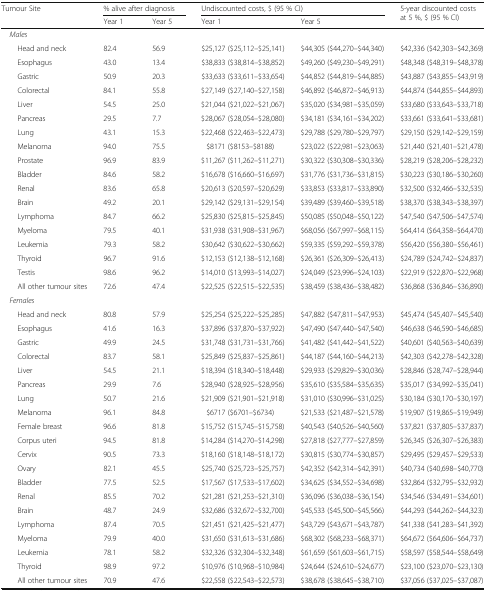
<table><thead><tr><td rowspan="2"><b>Tumour Site</b></td><td colspan="2"><b>% alive after diagnosis</b></td><td colspan="2"><b>Undiscounted costs, $ (95 % CI)</b></td><td rowspan="2"><b>5-year discounted costs at 5 %, $ (95 % CI)</b></td></tr><tr><td><b>Year 1</b></td><td><b>Year 5</b></td><td><b>Year 1</b></td><td><b>Year 5</b></td></tr></thead><tbody><tr><td colspan="6"> <i>Males</i></td></tr><tr><td>Head and neck</td><td>82.4</td><td>56.9</td><td>$25,127 ($25,112–$25,141)</td><td>$44,305 ($44,270–$44,340)</td><td>$42,336 ($42,303–$42,369)</td></tr><tr><td>Esophagus</td><td>43.0</td><td>13.4</td><td>$38,833 ($38,814–$38,852)</td><td>$49,260 ($49,230–$49,291)</td><td>$48,348 ($48,319–$48,378)</td></tr><tr><td>Gastric</td><td>50.9</td><td>20.3</td><td>$33,633 ($33,611–$33,654)</td><td>$44,852 ($44,819–$44,885)</td><td>$43,887 ($43,855–$43,919)</td></tr><tr><td>Colorectal</td><td>84.1</td><td>55.8</td><td>$27,149 ($27,140–$27,158)</td><td>$46,892 ($46,872–$46,913)</td><td>$44,874 ($44,855–$44,893)</td></tr><tr><td>Liver</td><td>54.5</td><td>25.0</td><td>$21,044 ($21,022–$21,067)</td><td>$35,020 ($34,981–$35,059)</td><td>$33,680 ($33,643–$33,718)</td></tr><tr><td>Pancreas</td><td>29.5</td><td>7.7</td><td>$28,067 ($28,054–$28,080)</td><td>$34,181 ($34,161–$34,202)</td><td>$33,661 ($33,641–$33,681)</td></tr><tr><td>Lung</td><td>43.1</td><td>15.3</td><td>$22,468 ($22,463–$22,473)</td><td>$29,788 ($29,780–$29,797)</td><td>$29,150 ($29,142–$29,159)</td></tr><tr><td>Melanoma</td><td>94.0</td><td>75.5</td><td>$8171 ($8153–$8188)</td><td>$23,022 ($22,981–$23,063)</td><td>$21,440 ($21,401–$21,478)</td></tr><tr><td>Prostate</td><td>96.9</td><td>83.9</td><td>$11,267 ($11,262–$11,271)</td><td>$30,322 ($30,308–$30,336)</td><td>$28,219 ($28,206–$28,232)</td></tr><tr><td>Bladder</td><td>84.6</td><td>58.2</td><td>$16,678 ($16,660–$16,697)</td><td>$31,776 ($31,736–$31,815)</td><td>$30,223 ($30,186–$30,260)</td></tr><tr><td>Renal</td><td>83.6</td><td>65.8</td><td>$20,613 ($20,597–$20,629)</td><td>$33,853 ($33,817–$33,890)</td><td>$32,500 ($32,466–$32,535)</td></tr><tr><td>Brain</td><td>49.2</td><td>20.1</td><td>$29,142 ($29,131–$29,154)</td><td>$39,489 ($39,460–$39,518)</td><td>$38,370 ($38,343–$38,397)</td></tr><tr><td>Lymphoma</td><td>84.7</td><td>66.2</td><td>$25,830 ($25,815–$25,845)</td><td>$50,085 ($50,048–$50,122)</td><td>$47,540 ($47,506–$47,574)</td></tr><tr><td>Myeloma</td><td>79.5</td><td>40.1</td><td>$31,938 ($31,908–$31,967)</td><td>$68,056 ($67,997–$68,115)</td><td>$64,414 ($64,358–$64,470)</td></tr><tr><td>Leukemia</td><td>79.3</td><td>58.2</td><td>$30,642 ($30,622–$30,662)</td><td>$59,335 ($59,292–$59,378)</td><td>$56,420 ($56,380–$56,461)</td></tr><tr><td>Thyroid</td><td>96.7</td><td>91.6</td><td>$12,153 ($12,138–$12,168)</td><td>$26,361 ($26,309–$26,413)</td><td>$24,789 ($24,742–$24,837)</td></tr><tr><td>Testis</td><td>98.6</td><td>96.2</td><td>$14,010 ($13,993–$14,027)</td><td>$24,049 ($23,996–$24,103)</td><td>$22,919 ($22,870–$22,968)</td></tr><tr><td>All other tumour sites</td><td>72.6</td><td>47.4</td><td>$22,525 ($22,515–$22,535)</td><td>$38,459 ($38,436–$38,482)</td><td>$36,868 ($36,846–$36,890)</td></tr><tr><td colspan="6"> <i>Females</i></td></tr><tr><td>Head and neck</td><td>80.8</td><td>57.9</td><td>$25,254 ($25,222–$25,285)</td><td>$47,882 ($47,811–$47,953)</td><td>$45,474 ($45,407–$45,540)</td></tr><tr><td>Esophagus</td><td>41.6</td><td>16.3</td><td>$37,896 ($37,870–$37,922)</td><td>$47,490 ($47,440–$47,540)</td><td>$46,638 ($46,590–$46,685)</td></tr><tr><td>Gastric</td><td>49.9</td><td>24.5</td><td>$31,748 ($31,731–$31,766)</td><td>$41,482 ($41,442–$41,522)</td><td>$40,601 ($40,563–$40,639)</td></tr><tr><td>Colorectal</td><td>83.7</td><td>58.1</td><td>$25,849 ($25,837–$25,861)</td><td>$44,187 ($44,160–$44,213)</td><td>$42,303 ($42,278–$42,328)</td></tr><tr><td>Liver</td><td>54.5</td><td>21.1</td><td>$18,394 ($18,340–$18,448)</td><td>$29,933 ($29,829–$30,036)</td><td>$28,846 ($28,747–$28,944)</td></tr><tr><td>Pancreas</td><td>29.9</td><td>7.6</td><td>$28,940 ($28,925–$28,956)</td><td>$35,610 ($35,584–$35,635)</td><td>$35,017 ($34,992–$35,041)</td></tr><tr><td>Lung</td><td>50.7</td><td>21.6</td><td>$21,909 ($21,901–$21,918)</td><td>$31,010 ($30,996–$31,025)</td><td>$30,184 ($30,170–$30,197)</td></tr><tr><td>Melanoma</td><td>96.1</td><td>84.8</td><td>$6717 ($6701–$6734)</td><td>$21,533 ($21,487–$21,578)</td><td>$19,907 ($19,865–$19,949)</td></tr><tr><td>Female breast</td><td>96.6</td><td>81.8</td><td>$15,752 ($15,745–$15,758)</td><td>$40,543 ($40,526–$40,560)</td><td>$37,821 ($37,805–$37,837)</td></tr><tr><td>Corpus uteri</td><td>94.5</td><td>81.8</td><td>$14,284 ($14,270–$14,298)</td><td>$27,818 ($27,777–$27,859)</td><td>$26,345 ($26,307–$26,383)</td></tr><tr><td>Cervix</td><td>90.5</td><td>73.3</td><td>$18,160 ($18,148–$18,172)</td><td>$30,815 ($30,774–$30,857)</td><td>$29,495 ($29,457–$29,533)</td></tr><tr><td>Ovary</td><td>82.1</td><td>45.5</td><td>$25,740 ($25,723–$25,757)</td><td>$42,352 ($42,314–$42,391)</td><td>$40,734 ($40,698–$40,770)</td></tr><tr><td>Bladder</td><td>77.5</td><td>52.5</td><td>$17,567 ($17,533–$17,602)</td><td>$34,625 ($34,552–$34,698)</td><td>$32,864 ($32,795–$32,932)</td></tr><tr><td>Renal</td><td>85.5</td><td>70.2</td><td>$21,281 ($21,253–$21,310)</td><td>$36,096 ($36,038–$36,154)</td><td>$34,546 ($34,491–$34,601)</td></tr><tr><td>Brain</td><td>48.7</td><td>24.9</td><td>$32,686 ($32,672–$32,700)</td><td>$45,533 ($45,500–$45,566)</td><td>$44,293 ($44,262–$44,323)</td></tr><tr><td>Lymphoma</td><td>87.4</td><td>70.5</td><td>$21,451 ($21,425–$21,477)</td><td>$43,729 ($43,671–$43,787)</td><td>$41,338 ($41,283–$41,392)</td></tr><tr><td>Myeloma</td><td>79.9</td><td>40.0</td><td>$31,650 ($31,613–$31,686)</td><td>$68,302 ($68,233–$68,371)</td><td>$64,672 ($64,606–$64,737)</td></tr><tr><td>Leukemia</td><td>78.1</td><td>58.2</td><td>$32,326 ($32,304–$32,348)</td><td>$61,659 ($61,603–$61,715)</td><td>$58,597 ($58,544–$58,649)</td></tr><tr><td>Thyroid</td><td>98.9</td><td>97.2</td><td>$10,976 ($10,968–$10,984)</td><td>$24,644 ($24,610–$24,677)</td><td>$23,100 ($23,070–$23,130)</td></tr><tr><td>All other tumour sites</td><td>70.9</td><td>47.6</td><td>$22,558 ($22,543–$22,573)</td><td>$38,678 ($38,645–$38,710)</td><td>$37,056 ($37,025–$37,087)</td></tr></tbody></table>